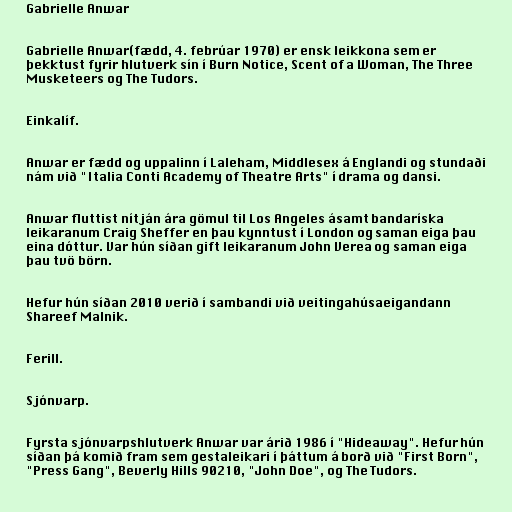
Gabrielle Anwar

Gabrielle Anwar(fædd, 4. febrúar 1970) er ensk leikkona sem er
þekktust fyrir hlutverk sín í Burn Notice, Scent of a Woman, The Three
Musketeers og The Tudors.

Einkalíf.

Anwar er fædd og uppalinn í Laleham, Middlesex á Englandi og stundaði
nám við "Italia Conti Academy of Theatre Arts" í drama og dansi.

Anwar fluttist nítján ára gömul til Los Angeles ásamt bandaríska
leikaranum Craig Sheffer en þau kynntust í London og saman eiga þau
eina dóttur. Var hún síðan gift leikaranum John Verea og saman eiga
þau tvö börn.

Hefur hún síðan 2010 verið í sambandi við veitingahúsaeigandann
Shareef Malnik.

Ferill.

Sjónvarp.

Fyrsta sjónvarpshlutverk Anwar var árið 1986 í "Hideaway". Hefur hún
síðan þá komið fram sem gestaleikari í þáttum á borð við "First Born",
"Press Gang", Beverly Hills 90210, "John Doe", og The Tudors.